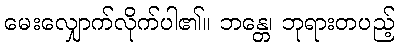
မေးလျှောက်လိုက်ပါ၏။ ဘန္တေ၊ ဘုရားတပည့်